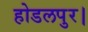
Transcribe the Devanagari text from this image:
होडलपुर।